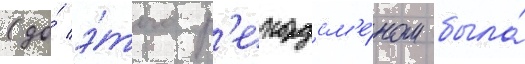
(до́ э́того р'екордсм'е́ном была́